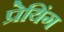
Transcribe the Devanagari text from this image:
प्रेयिंग